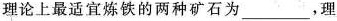
理论上最适宜炼铁的两种矿石为___，理